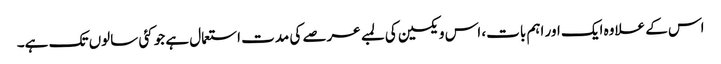
اس کے علاوہ ایک اور اہم بات، اس ویکسین کی لمبے عرصے کی مدت استعمال ہے جو کئی سالوں تک ہے۔